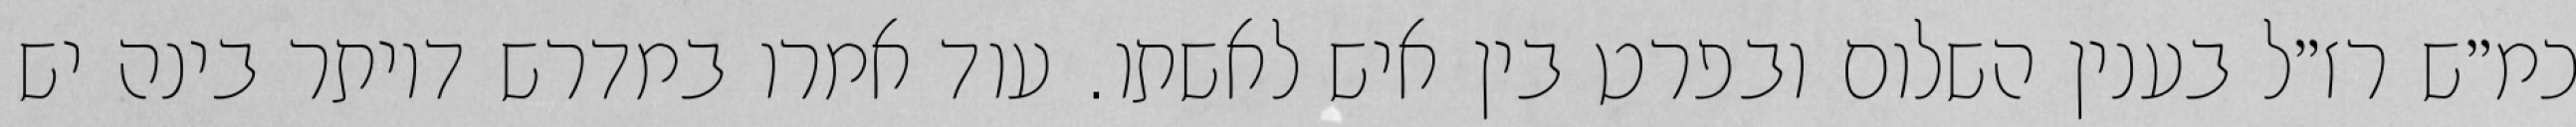
כמ״ש רז״ל בענין השלום ובפרט בין איש לאשתו. עוד אמרו במדרש דיותר בינה יש